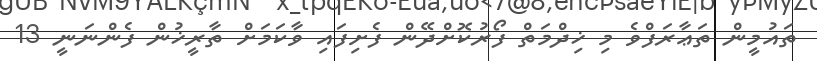
ތައުމީން ތަޢާރަފްވެ މި ޚިދްމަތް ފޯރުކޮށްދޭން ފެށިފައި ވާކަމަށް ތާރީޚުން ފެންނަނީ 13